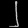
Digit: ၂